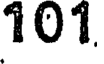
101